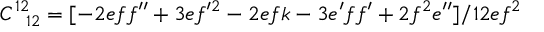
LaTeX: C _ { \phantom { 1 2 } 1 2 } ^ { 1 2 } = [ - 2 e f f ^ { \prime \prime } + 3 e f ^ { \prime 2 } - 2 e f k - 3 e ^ { \prime } f f ^ { \prime } + 2 f ^ { 2 } e ^ { \prime \prime } ] / 1 2 e f ^ { 2 }